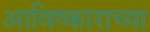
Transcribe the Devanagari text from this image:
आविष्काराच्या